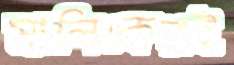
মালিকেরই